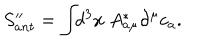
LaTeX: S _ { a n t } ^ { \prime \prime } = \int \! \! d ^ { 3 } x ~ A _ { a \mu } ^ { * } \partial ^ { \mu } c _ { a } .